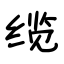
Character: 缆